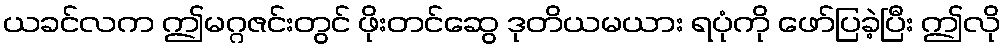
ယခင်လက ဤမဂ္ဂဇင်းတွင် ဖိုးတင်ဆွေ ဒုတိယမယား ရပုံကို ဖော်ပြခဲ့ပြီး ဤလို